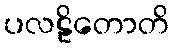
ပလဠိတောတိ